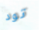
تود